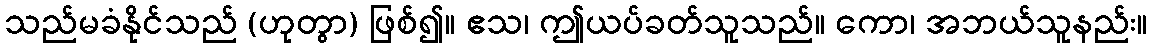
သည်မခံနိုင်သည် (ဟုတွာ) ဖြစ်၍။ ဧသ၊ ဤယပ်ခတ်သူသည်။ ကော၊ အဘယ်သူနည်း။